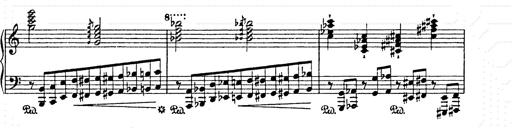
Title: AnnÃ©es de pÃ¨lerinage II
Composer: Franz Liszt